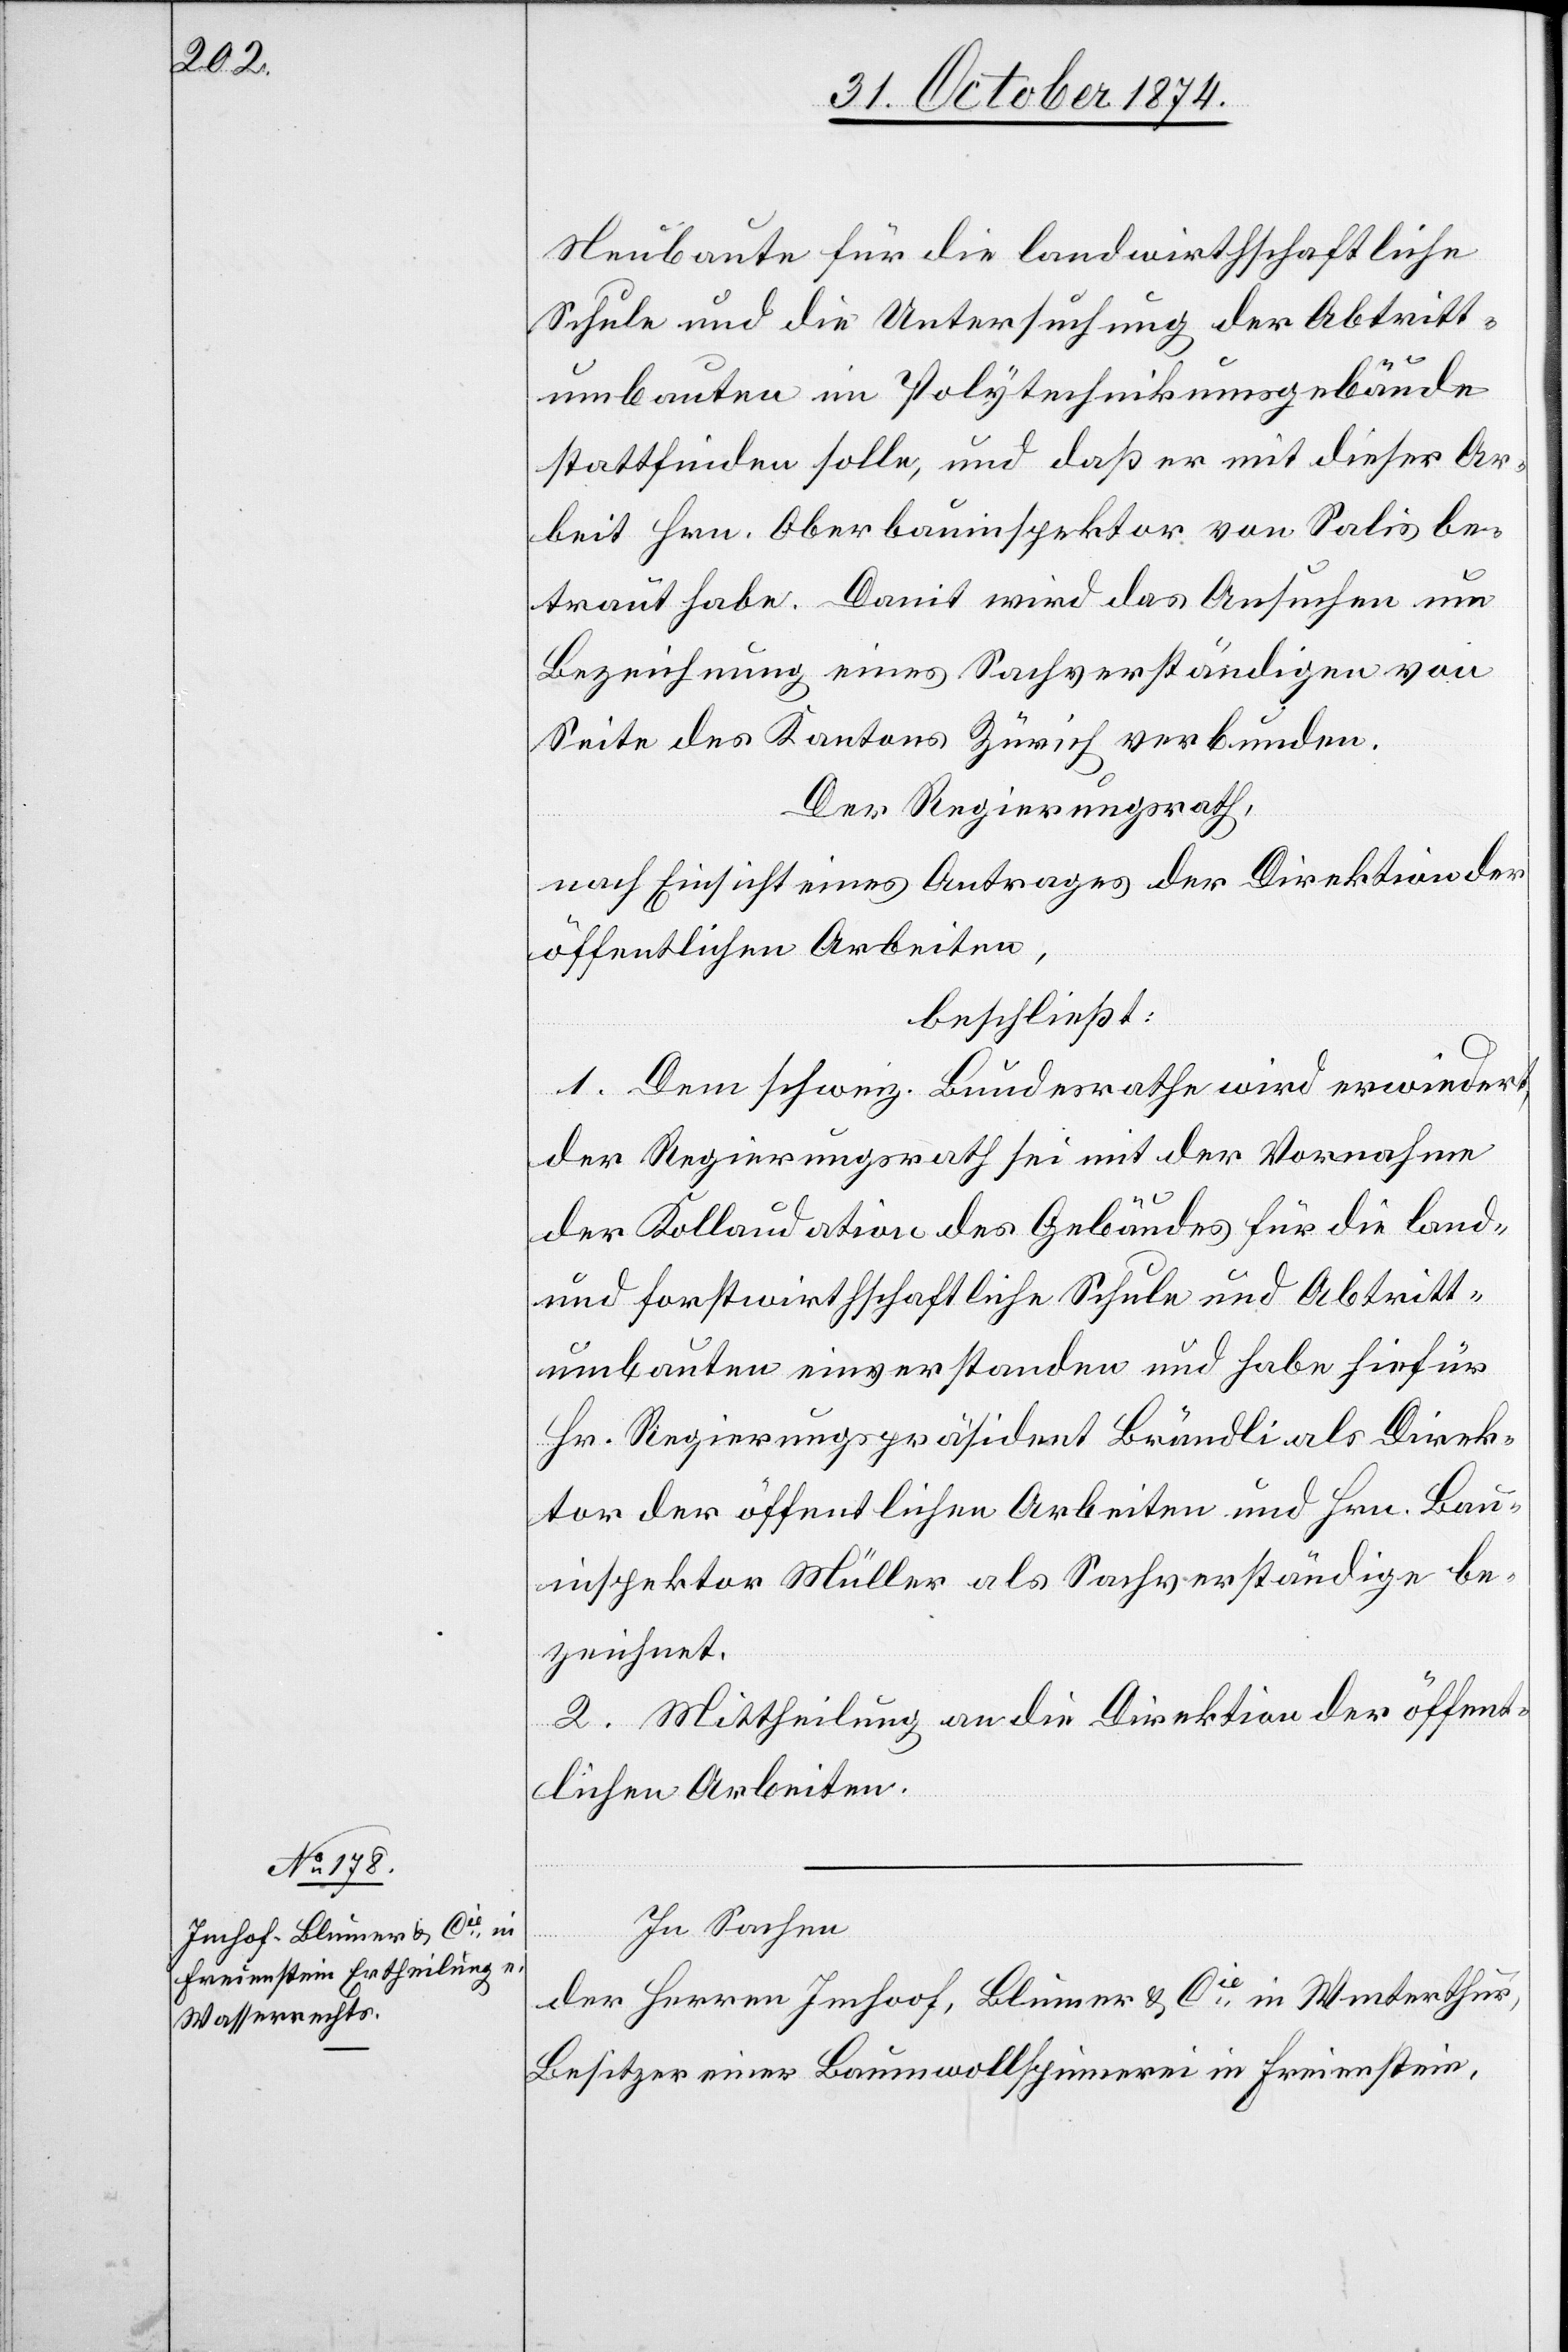
Neubaute für die landwirthschaftliche
Schule und die Untersuchung der Abtritt¬
umbauten im Polytechnikumsgebäude
stattfinden solle, und daß er mit dieser Ar¬
beit Hrn. Oberbauinspektor von Salis be¬
traut habe. Damit wird das Ansuchen um
Bezeichnung eines Sachverständigen von
Seite des Kantons Zürich verbunden.
Der Regierungsrath,
nach Einsicht eines Antrages der Direktion der
öffentlichen Arbeiten,
beschließt:
1. Dem schweiz. Bundesrathe wird erwiedert,
der Regierungsrath sei mit der Vornahme
der Kollaudation des Gebäudes für die land-
und forstwirthschaftliche Schule und Abtritt¬
umbauten einverstanden und habe hiefür
Hr. Regierungspräsident Brändli als Direk¬
tor der öffentlichen Arbeiten und Hrn. Bau¬
inspektor Müller als Sachverständiger be¬
zeichnet.
2. Mittheilung an die Direktion der öffent¬
lichen Arbeiten.
In Sachen
der Herren Imhoof [sic!], Blumer & Cie in Winterthur,
Besitzer einer Baumwollspinnerei in Freienstein,